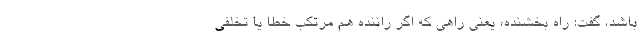
باشد، گفت: راه بخشنده، یعنی راهی که اگر راننده هم مرتکب خطا یا تخلفی